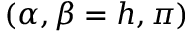
( \alpha , \beta = h , \pi )